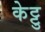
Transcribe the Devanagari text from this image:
केट्टु